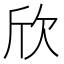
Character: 欣